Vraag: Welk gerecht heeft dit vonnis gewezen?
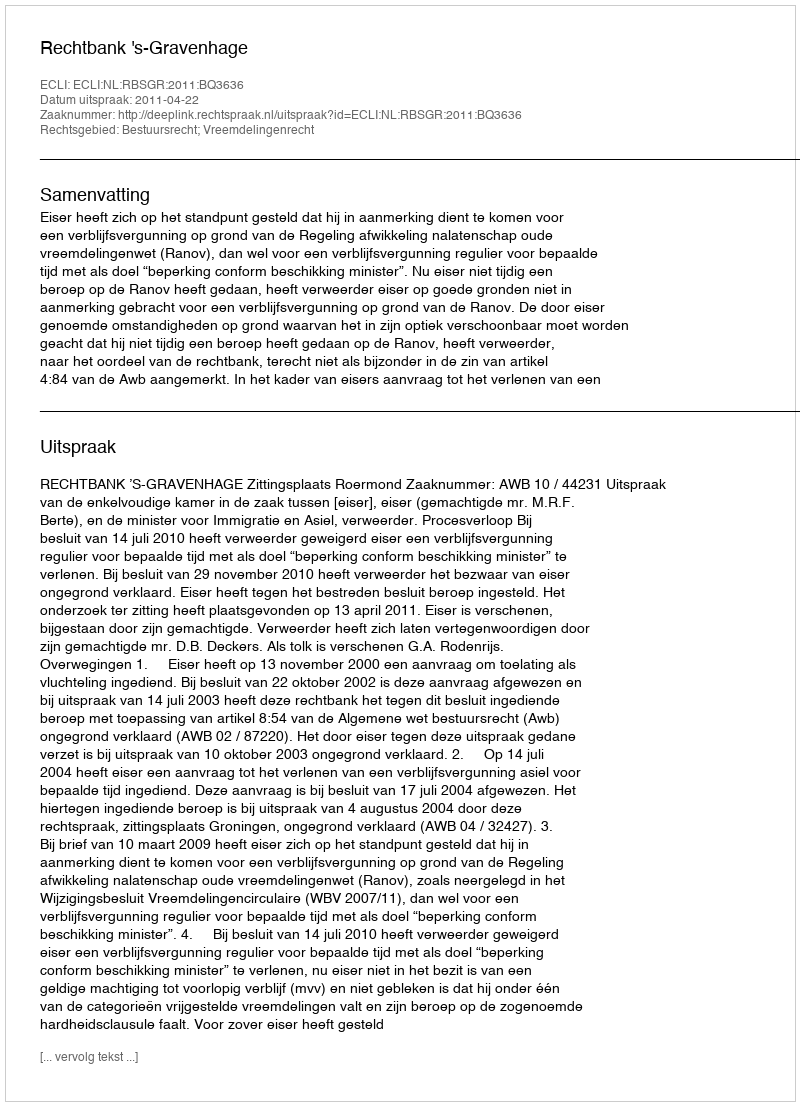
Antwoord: Rechtbank 's-Gravenhage